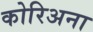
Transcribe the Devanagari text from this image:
कोरिअना